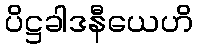
ပိဋ္ဌခါဒနီယေဟိ